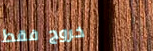
خروج فقط